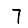
Digit: 7